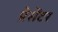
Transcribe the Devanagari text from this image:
प्रेसेंटर